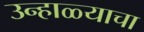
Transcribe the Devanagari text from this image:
उन्हाळ्याचा